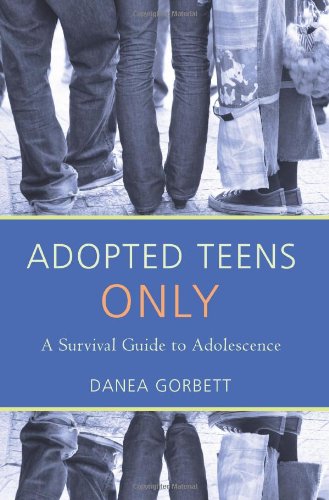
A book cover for Adopted Teens Only: A Survival Guide to Adolescence; Danea Gorbett; Teen & Young Adult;